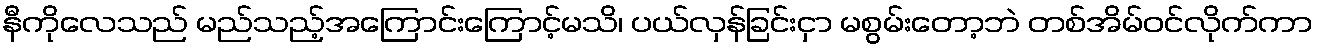
နီကိုလေသည် မည်သည့်အကြောင်းကြောင့်မသိ၊ ပယ်လှန်ခြင်းငှာ မစွမ်းတော့ဘဲ တစ်အိမ်ဝင်လိုက်ကာ